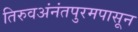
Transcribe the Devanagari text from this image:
तिरुवअंनंतपुरमपासून